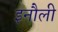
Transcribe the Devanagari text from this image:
इनौली